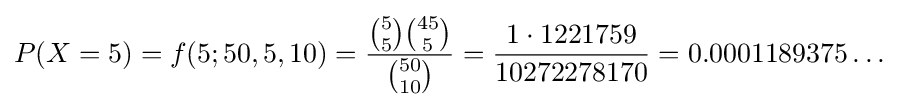
P(X=5)=f(5;50,5,10)={{{5 \choose 5}{{45} \choose {5}}} \over {50 \choose 10}}={1\cdot 1221759 \over 10272278170}=0.0001189375\dots